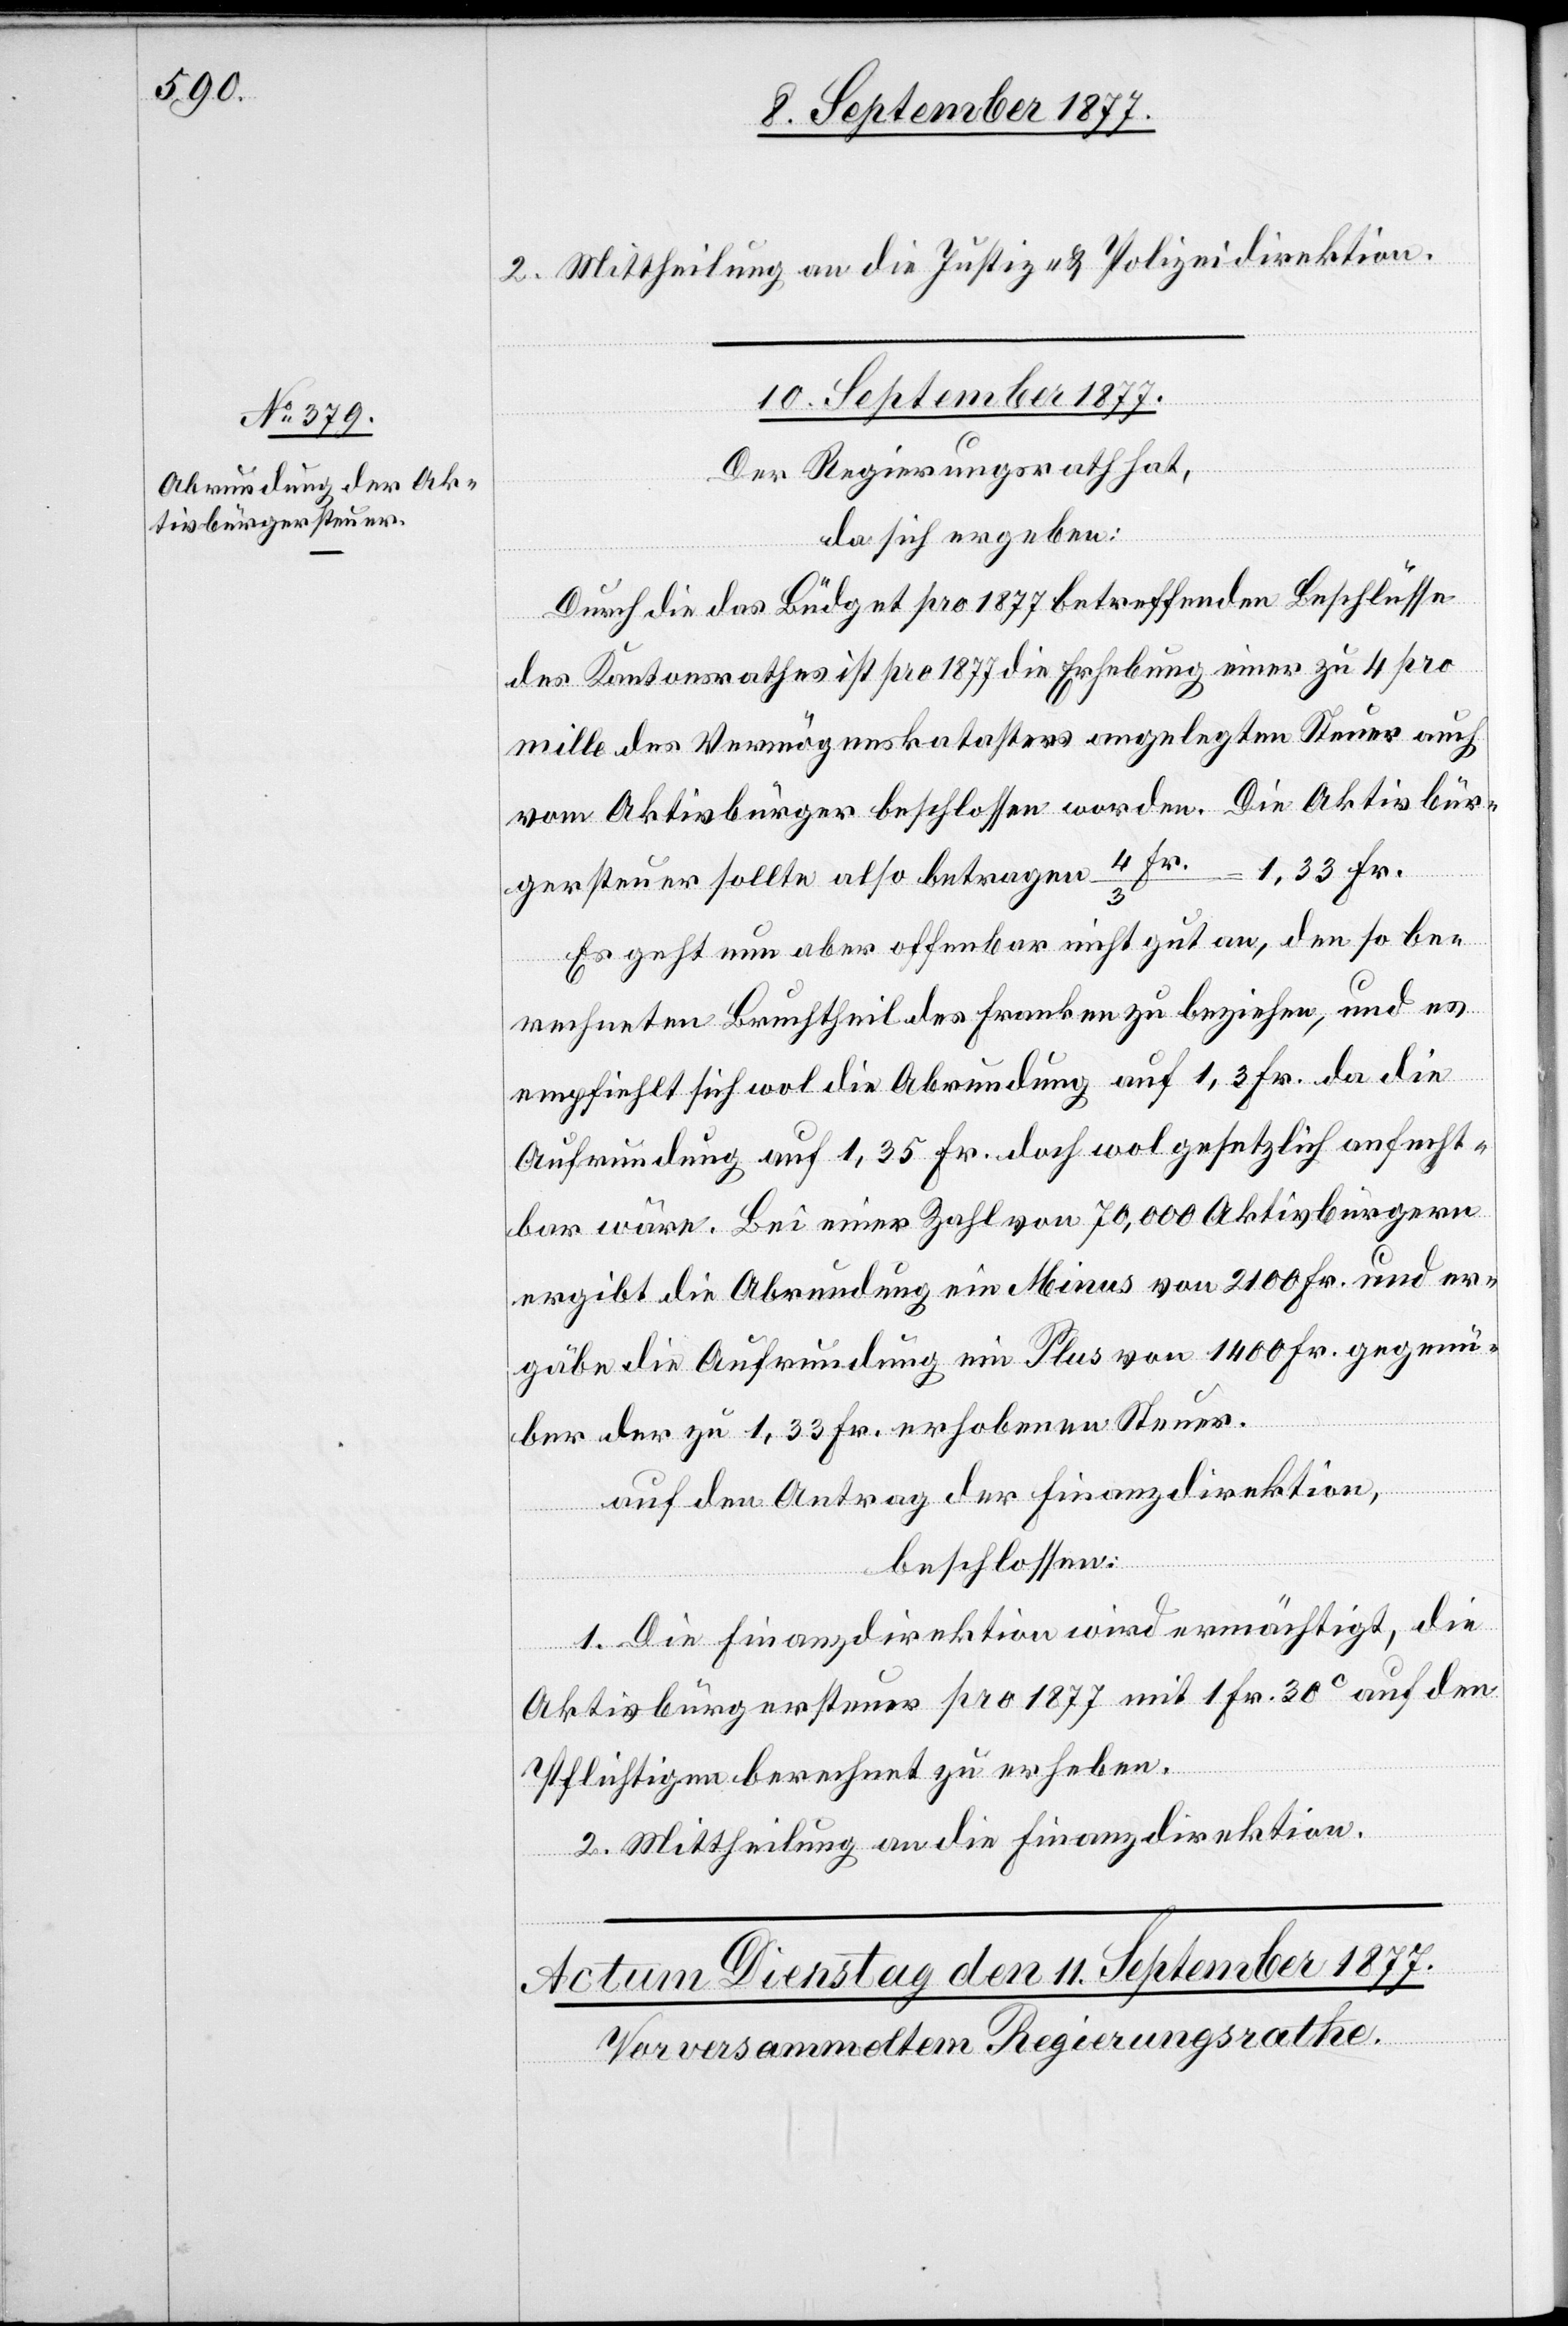
2. Mittheilung an die Justiz- & Polizeidirektion.
10. Sept. 1877.
Der Regierungsrath hat,
da sich ergeben:
Durch die das Büdget pro 1877 betreffenden Beschlüsse
des Kantonsrathes ist pro 1877 die Erhebung einer zu 4 pro
mille des Vermögenskatasters angelegten Steuer auch
vom Aktivbürger beschlossen worden. Die Aktivbür¬
gersteuer sollte also betragen 4 Fr. / 3 = 1,33 Fr.
Es geht nun aber offenbar nicht gut an, den so be¬
rechneten Bruchtheil des Franken zu beziehen, und es
empfiehlt sich wol die Abrundung auf 1,3 Fr. da die
Aufrundung auf 1,35 Fr. doch wol gesetzlich anfecht¬
bar wäre. Bei einer Zahl von 70,000 Aktivbürgern
ergibt die Abrundung ein Minus von 2100 Fr. und er¬
gäbe die Aufrundung ein Plus von 1400 Fr. gegenü¬
ber der zu 1,33 Fr. erhobenen Steuer.
auf den Antrag der Finanzdirektion,
beschlossen:
1. Die Finanzdirektion wird ermächtigt, die
Aktivbürgersteuer pro 1877 mit 1 Fr. 30C auf den
Pflichtigen berechnet zu erheben.
2. Mittheilung an die Finanzdirektion.